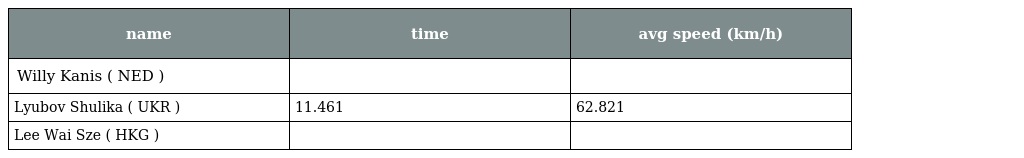
| name | time | avg speed (km/h) |
 | --- | --- | --- |
 | Willy Kanis ( NED ) |  |  |
 | Lyubov Shulika ( UKR ) | 11.461 | 62.821 |
 | Lee Wai Sze ( HKG ) |  |  |